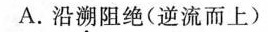
A.沿溯阻绝(逆流而上)